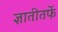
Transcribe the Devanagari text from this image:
ज्ञातीतर्फे